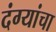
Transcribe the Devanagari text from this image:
दंग्यांचा